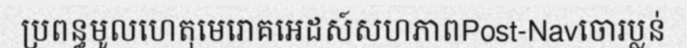
ប្រពន្ធមូលហេតុមេរោគអេដស៍សហភាពPost-Navចោរប្លន់